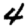
Digit: 4